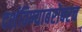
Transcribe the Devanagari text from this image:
दर्शविण्याबरोबरच